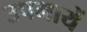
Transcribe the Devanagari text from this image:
उपमायें